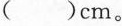
( )cm。